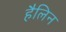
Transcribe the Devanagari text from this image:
हैलिन